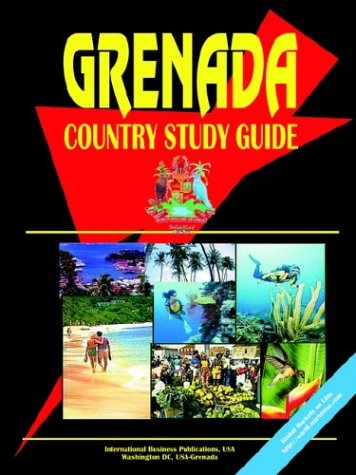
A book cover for Grenada Country Study Guide (World Country Study Guide Library); USA International Business Publications; Travel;